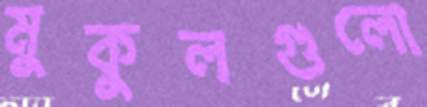
মুকুলগুলো